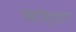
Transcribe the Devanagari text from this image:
बिलि्ंडग